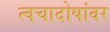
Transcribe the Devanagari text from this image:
त्वचादोषांवर